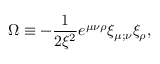
\Omega \equiv - \frac { 1 } { 2 \xi ^ { 2 } } e ^ { \mu \nu \rho } \xi _ { \mu ; \nu } \xi _ { \rho } ,